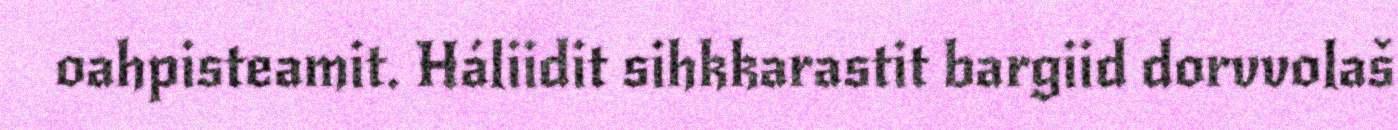
oahpisteamit. Háliidit sihkkarastit bargiid dorvvolaš